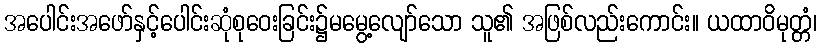
အပေါင်းအဖော်နှင့်ပေါင်းဆုံစုဝေးခြင်း၌မမွေ့လျော်သော သူ၏ အဖြစ်လည်းကောင်း။ ယထာဝိမုတ္တံ၊